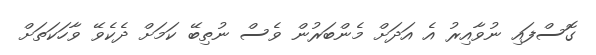
ގޮސްފައި ނުވާއިރު އެ އަދަށް މެންބަރުން ވެސް ނުތިބޭ ކަމަށް ދެކެވޭ ވާހަކަތަށް